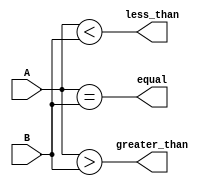
module comparator (
    input [7:0] A,
    input [7:0] B,
    output equal,
    output less_than,
    output greater_than
);

wire[7:0] less_than_bits;
wire[7:0] greater_than_bits;

assign equal = (&(A == B));
assign less_than_bits = (A < B);
assign greater_than_bits = (A > B);

assign less_than = |(less_than_bits);
assign greater_than = |(greater_than_bits);

endmodule